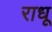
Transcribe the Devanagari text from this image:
राधू